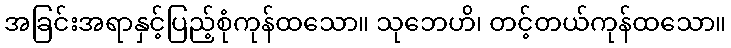
အခြင်းအရာနှင့်ပြည့်စုံကုန်ထသော။ သုဘေဟိ၊ တင့်တယ်ကုန်ထသော။